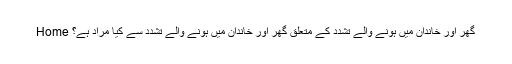
Home گھر اور خاندان میں ہونے والے تشدد کے متعلق گھر اور خاندان میں ہونے والے تشدد سے کیا مراد ہے؟